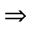
\Rightarrow